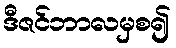
ဒီဇင်ဘာလမှစ၍